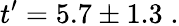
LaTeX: t^{\prime}=5.7\pm 1.3\; .